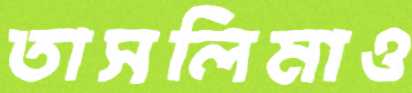
তাসলিমাও